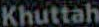
Khuttah